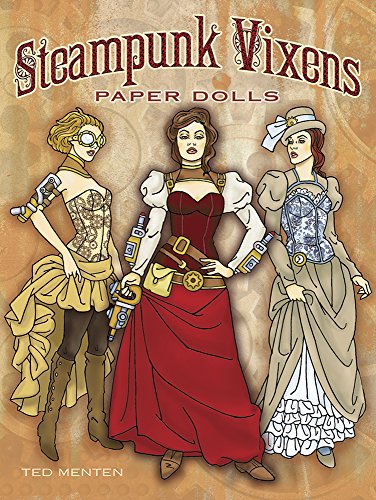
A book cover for Steampunk Vixens Paper Dolls; Ted Menten; Humor & Entertainment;